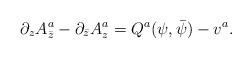
LaTeX: \begin{align*}\partial_z A^a_{\bar z}-\partial_{\bar z}A^a_z=Q^a(\psi,\bar\psi)-v^a.\end{align*}